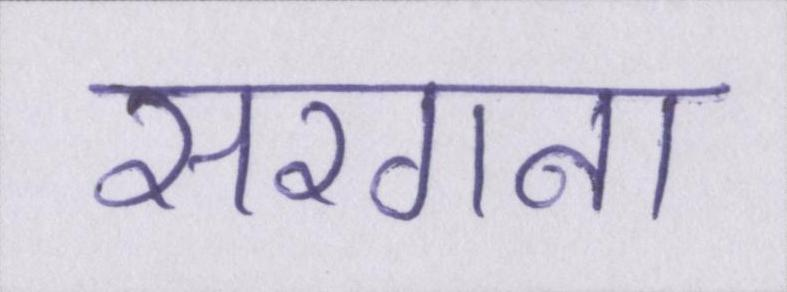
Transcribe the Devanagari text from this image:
सरगना